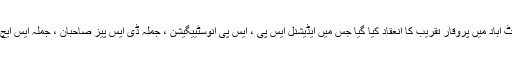
25 جون2018ء) ضلعی پولیس آفیسر ایبٹ آباد سید اشفاق انور کے اعزاز میں پولیس لائن ایبٹ آباد میں پروقار تقریب کا انعقاد کیا گیا جس میں ایڈیشنل ایس پی ، ایس پی انوسٹییگیشن ، جملہ ڈی ایس پیز صاحبان ، جملہ ایس ایچ اوز ، ٹریفک سٹاف اور دیگر تمام شعبہ جات کے پولیس افسران اور جوانوں نے شرکت کی ۔